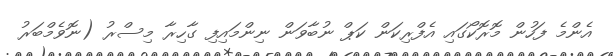
އެންމެ ފަހުން މޮރޮކޯގައި އެފްރިކަން ކަޕް ނުބާވަން ނިންމައިފި ގާހިރާ މިސްރު (ނޮވެމްބަރު